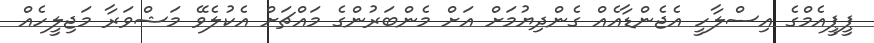
ޕީޕީއެމްގެ އިސްލާހީ އެޖެންޑާއެއް ގެންދިޔުމަށް އަށް މެންބަރުންގެ މައްޗަށް އެކުލެވޭ މަޝްވަރާ މަޖިލީހެއް